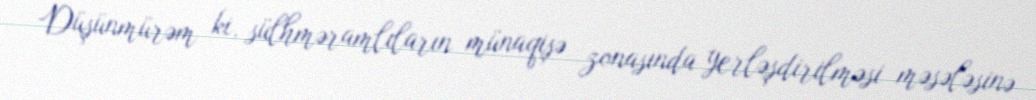
Düşünmürəm ki, sülhməramlıların münaqişə zonasında yerləşdirilməsi məsələsinə